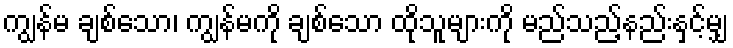
ကျွန်မ ချစ်သော၊ ကျွန်မကို ချစ်သော ထိုသူများကို မည်သည့်နည်းနှင့်မျှ